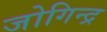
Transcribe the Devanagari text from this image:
जोगिन्द्र